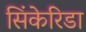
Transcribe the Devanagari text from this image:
सिंकेरिडा